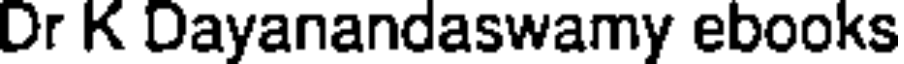
Dr K Dayanandaswamy ebooks